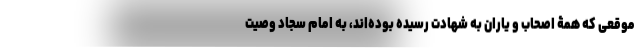
موقعی که همۀ اصحاب و یاران به شهادت رسیده بوده‌اند، به امام سجاد وصیت